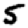
Digit: 5